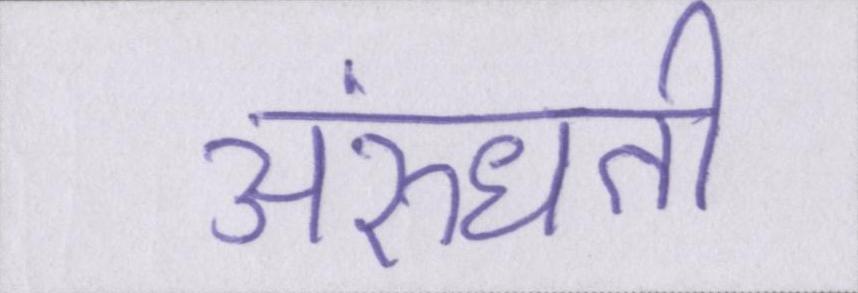
अरुंधती